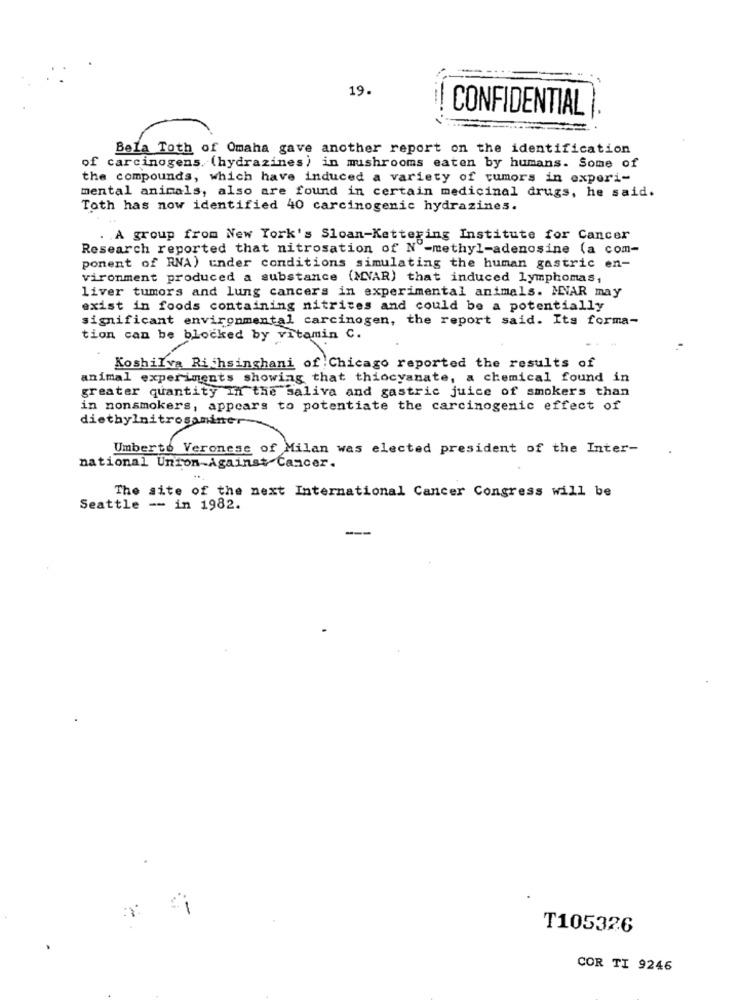
19.
CONFIDENTIAL
Bela Toth of Omaha gave another report on the identification
of carcinogens. (hydrazines) in mushrooms eaten by humans. Some of
the compounds, which have induced a variety of tumors in experi-
mental animals, also are found in certain medicinal drugs, he said.
Toth has now identified 40 carcinogenic hydrazines.
A group from New York's Sloan-Kettering Institute for Cancer
Research reported that nitrosation of N -methyl-adenosine (a com-
ponent of RNA) under conditions simulating the human gastric en-
vironment produced a substance (MVAR) that induced lymphomas,
liver tumors and lung cancers in experimental animals. MVAR may
exist in foods containing nitrites and could be a potentially
significant environmental carcinogen, the report said. Its forma-
tion can be blocked by vitamin C.
KoshiIva Richsinghani of Chicago reported the results of
animal experiments showing that thiocyanate, a chemical found in
greater quantity In the Saliva and gastric juice of smokers than
in nonsmokers, appears to potentiate the carcinogenic effect of
diethylnitrosaminer
Umberto Veronese of Milan was elected president of the Inter-
national Union-Against Cancer.
The site of the next International Cancer Congress will be
Seattle -- in 1982.
---
T105326
COR TI 9246